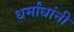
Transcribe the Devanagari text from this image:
धर्मांधांनी